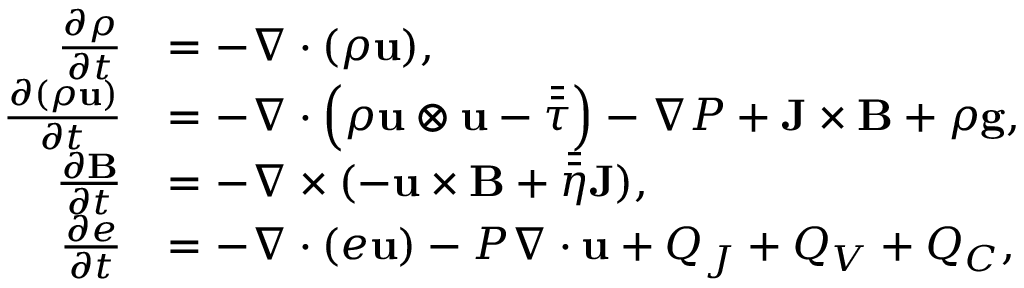
\begin{array} { r l } { \frac { \partial \rho } { \partial t } } & { = - \nabla \cdot ( \rho \mathbf { u } ) , } \\ { \frac { \partial ( \rho \mathbf { u } ) } { \partial t } } & { = - \nabla \cdot \left( \rho \mathbf { u } \otimes \mathbf { u } - \bar { \bar { \tau } } \right) - \nabla P + \mathbf { J } \times \mathbf { B } + \rho \mathbf { g } , } \\ { \frac { \partial \mathbf { B } } { \partial t } } & { = - \nabla \times ( - \mathbf { u } \times \mathbf { B } + \bar { \bar { \eta } } \mathbf { J } ) , } \\ { \frac { \partial e } { \partial t } } & { = - \nabla \cdot ( e \mathbf { u } ) - P \nabla \cdot \mathbf { u } + Q _ { J } + Q _ { V } + Q _ { C } , } \end{array}